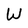
Character: W